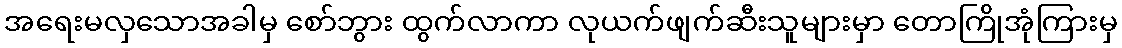
အရေးမလှသောအခါမှ စော်ဘွား ထွက်လာကာ လုယက်ဖျက်ဆီးသူများမှာ တောကြိုအုံကြားမှ